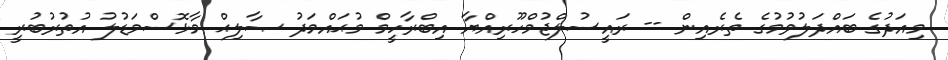
މިއަދުގެ ބައްދަލުވުމުގެ ތެރެއިން -- ރައީސުލްޖުމްހޫރިއްޔާ އިބްރާހީމް މުޙައްމަދު ޞާލިޙް މާޅޮސްމަޑުލު އުތުރުބުރީ